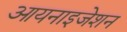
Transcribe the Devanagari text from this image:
आयनाइजेशन